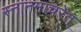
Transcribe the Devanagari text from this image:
स्नानमाचरेत्